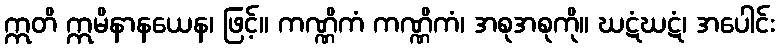
ဣတိ ဣမိနာနယေန၊ ဖြင့်။ ကဏ္ဏိကံ ကဏ္ဏိကံ၊ အစုအစုကို။ ဃဋံဃဋံ၊ အပေါင်း